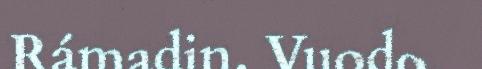
Rámadin. Vuodo